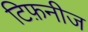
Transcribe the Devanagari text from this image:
टिफ़नीज